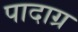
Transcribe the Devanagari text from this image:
पादाग्र